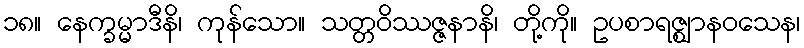
၁၈။ နေက္ခမ္မာဒီနိ၊ ကုန်သော။ သတ္တဝိဿဇ္ဇနာနိ၊ တို့ကို။ ဥပစာရဇ္ဈာနဝသေန၊